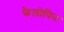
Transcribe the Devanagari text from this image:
फैलोपिन